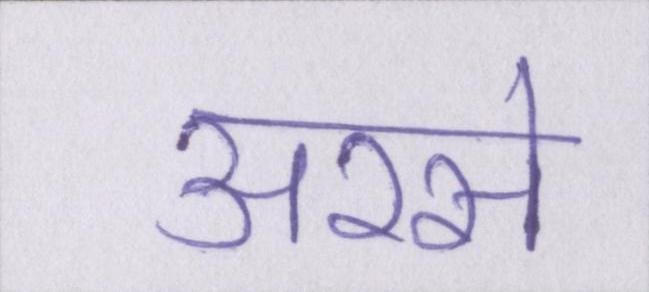
अरसे